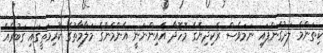
ކިތަންމެ ލަދުގެންފައި ނަމަވެސް ރެކިދިޔެގެ މޮހޮދާ އެއިންނަނީ އެންމެންގެ މަލާމާތުގެ ކުރިމަތީގައި ގަބުރެއް